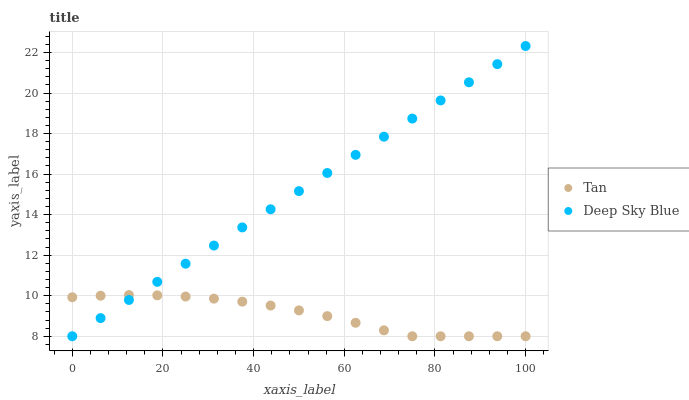
| xaxis_label | Tan | Deep Sky Blue |
 | --- | --- | --- |
 | 0 | 9.92 | 8 |
 | 6.25 | 10 | 8.89 |
 | 12.5 | 10 | 9.79 |
 | 18.8 | 10 | 10.7 |
 | 25 | 9.96 | 11.6 |
 | 31.2 | 9.86 | 12.5 |
 | 37.5 | 9.71 | 13.4 |
 | 43.8 | 9.51 | 14.3 |
 | 50 | 9.28 | 15.2 |
 | 56.2 | 8.99 | 16.1 |
 | 62.5 | 8.67 | 16.9 |
 | 68.8 | 8.29 | 17.8 |
 | 75 | 8 | 18.7 |
 | 81.2 | 8 | 19.6 |
 | 87.5 | 8 | 20.5 |
 | 93.8 | 8 | 21.4 |
 | 100 | 8 | 22.3 |